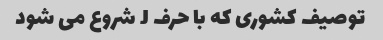
توصیف کشوری که با حرف J شروع می شود